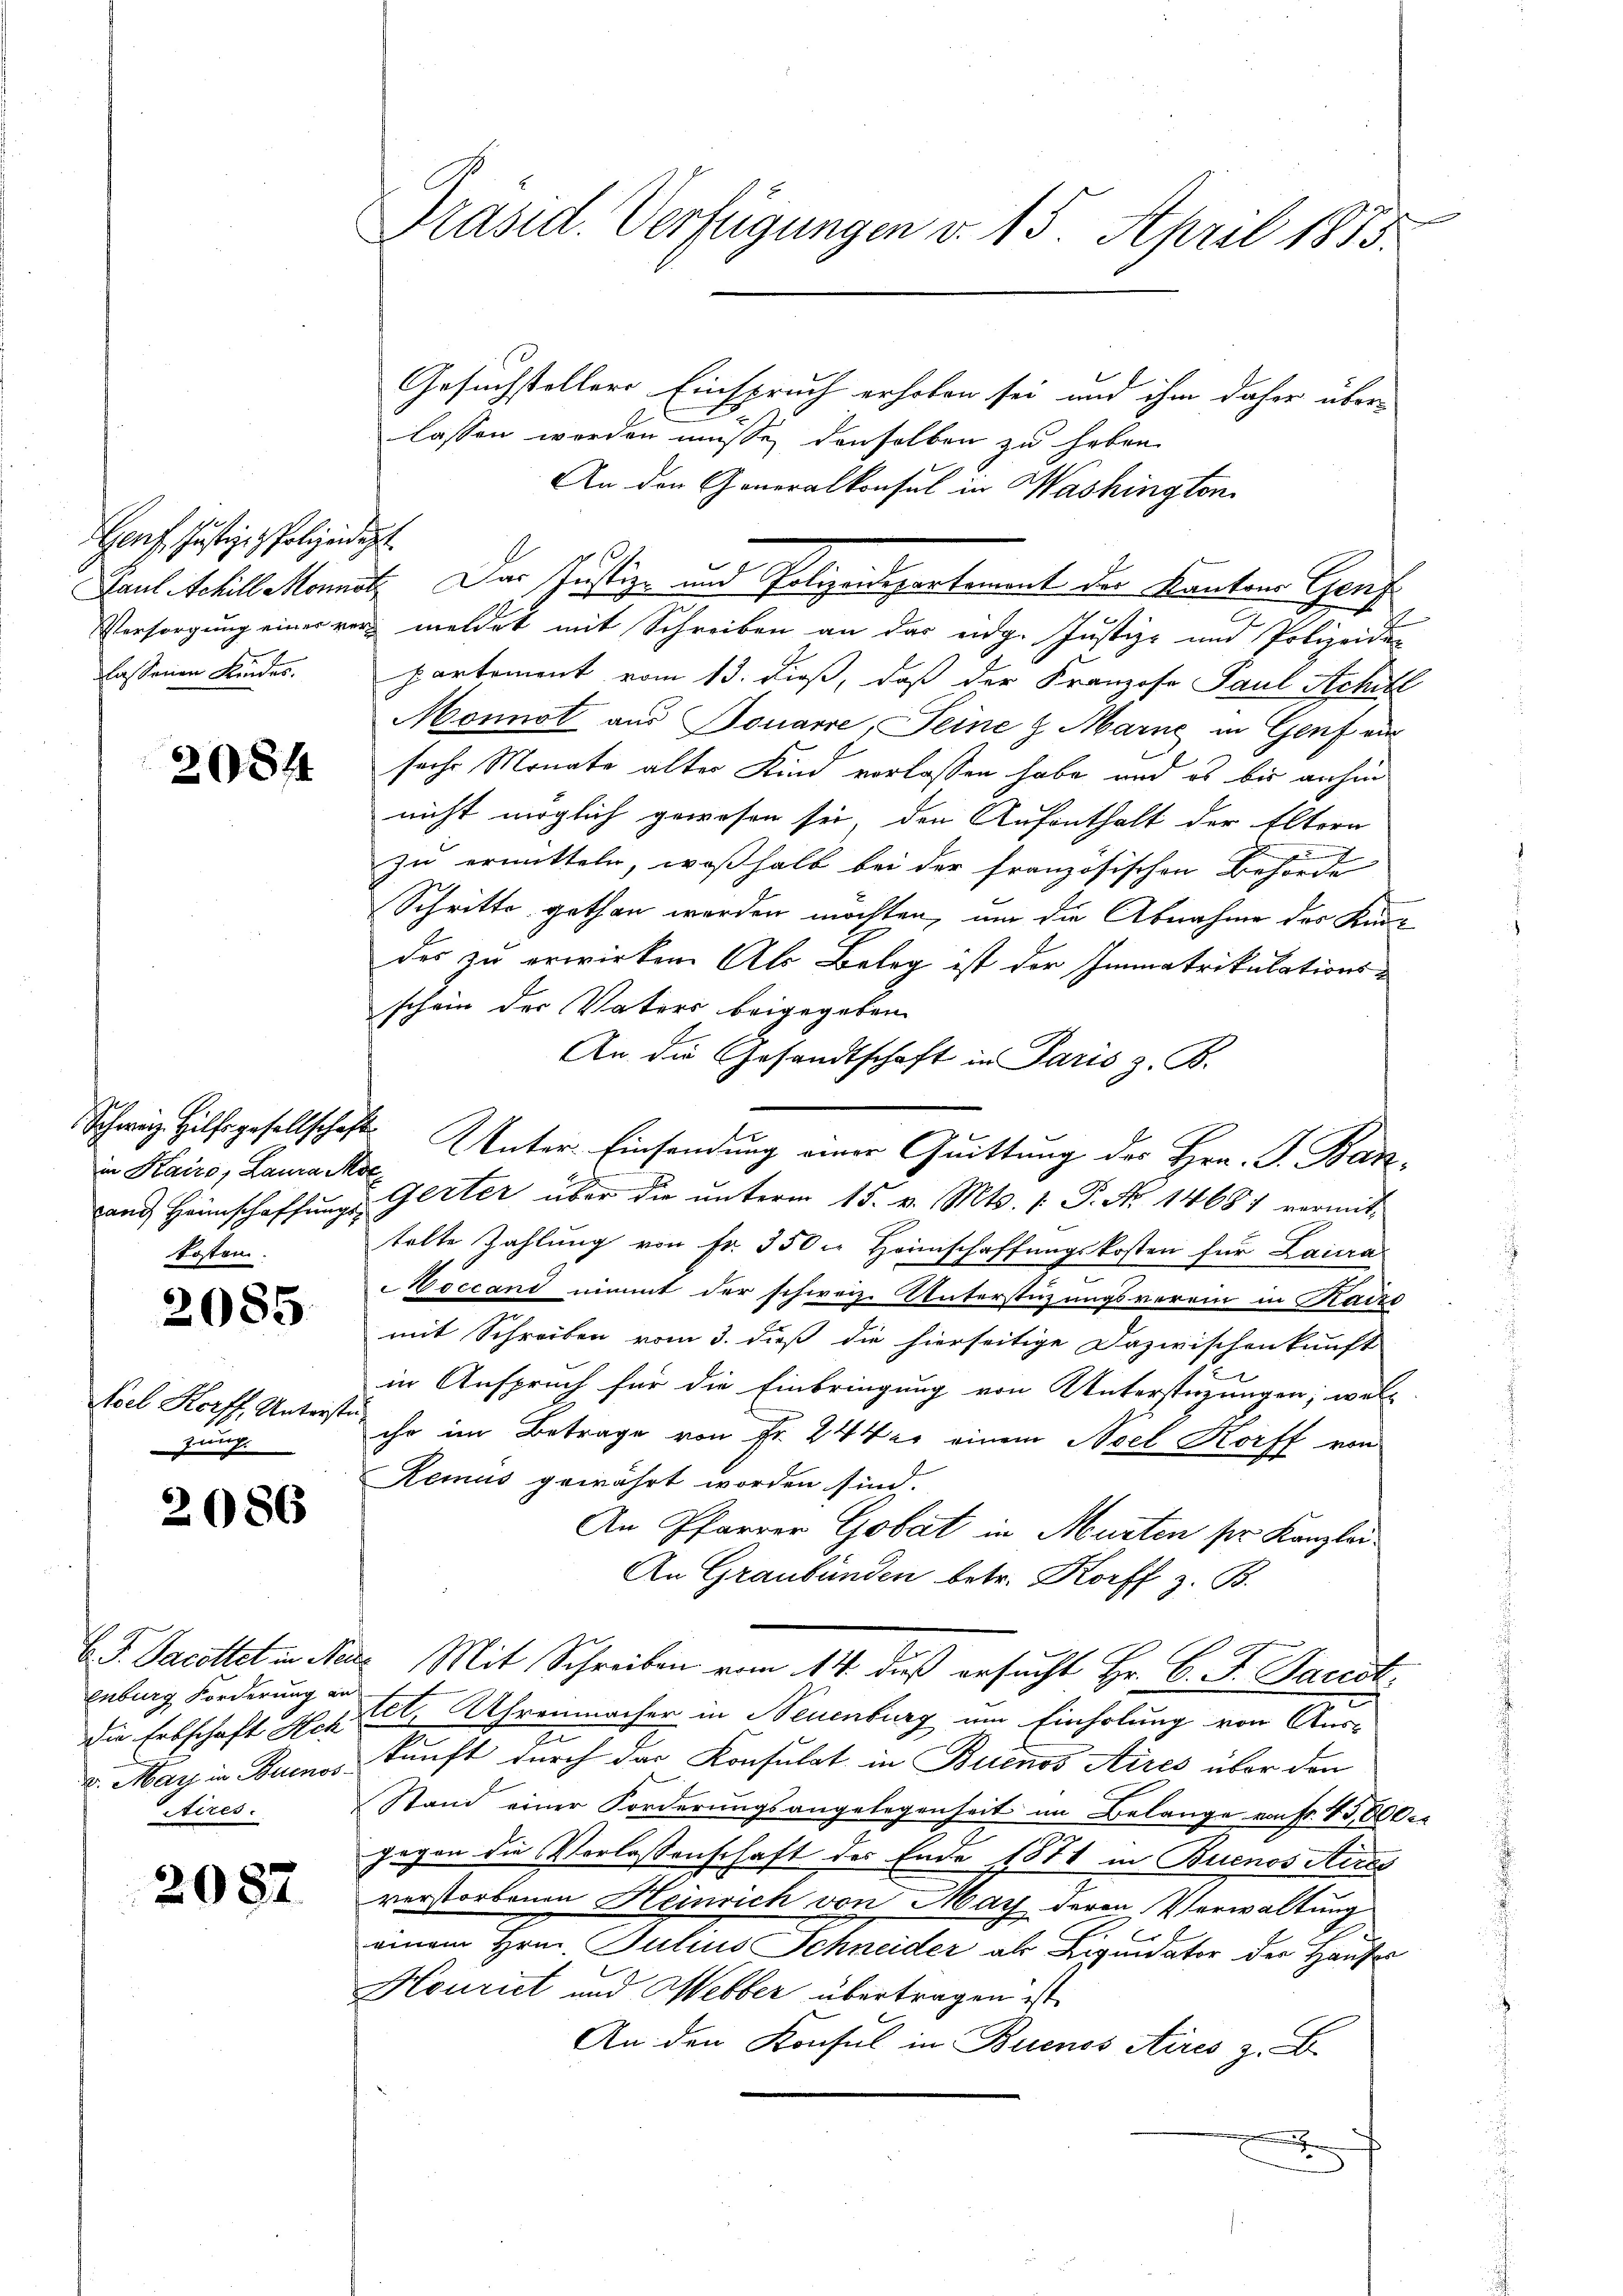
Genf, Justiz- & Polizeidigt.

2084

in Kairo, Laura Moe
tand Heimschaffungs-
kosten

2085.

Aoel Korff, Antriste
zung.

2086

C. J. Jacottet in Ne
enburg Forderung an
die Erbschaft Ach
v. May in Buenos
Aires.

2082.

e
Präsid. Verfügungen v. 15. April 1883.

Gesuchsteller Einspruch erhoben sei und ihm daher über-
lassen worden müsse, denselben zu haben.
An den Generalkonsul in Washington
Vorsorgung einer verz meldet mit Schreiben an das eidg. Justiz- und Polizeidien
lassenen Kindes. Partement vom 13. dieß, daß der Franzose Paul Achill
Monnot aus Bouarre, Seine H. Marne in Genf au
sechs Monate alter Kind verlassen habe, und es bis anhin
nicht möglich gewesen sei, den Aufenthalt der Eltern
zu ermitteln, weßhalb bei der französischen Behörde
Schritte gethan werden möchten, um die Abnahme des Kirdes zu erwirken. Als Beleg ist der Immatrikulations-
schein der Vaters beigegeben.
An die Gesandtschaft in Paris z. B.
Schweiz Hilfsgesellschaft Unter Einsendung einer Quittung der Hrn. F. Ban¬
Gerter über die ŭnterm 15. v. Mts. 1. P. Nr. 14687 vermittelte Zahlung von Fr. 350 f Heimschaffungskosten für Laira
Moccand nimmt der schweiz. Unterstüzungsverein in Kais
mit Schreiben vom 3. dieß die hierseitige Dazwischenkunft
in Anspruch für die Einbringung von Unterstüzungen; walt
ihr im Betrage von Fr. 244 er einem Oel Korff von
Remus gewährt worden sind.
An Pfarrer Gobat in Murten ser Kanzlei¬
An Graubünden betr. Korff z. B.
 Mit Schreiben vom 14. daß ersucht Hr. C. F. Sardt.
tet, Uhrenmacher in Neuenburg um Einholung von Aus-
2
kunft durch das Konsulat in Buenos Aires über den
Stand einer Forderungsangelegenheit im Belange von Fr. 45,000
gegen die Verlassenschaft des Ende 1871 in Buenos Aires
verstorbenen Heinrich von May deren Verwaltung
einem Hrn. Julius Schneider als Liquidator der Hauses
Houriet und Hebber übertragen ist.
An den Konsul in Buenos Aires z. B.
F

Paul Schill Monat. Das Justiz- und Polizeidigerkommt der Kantons Gens¬